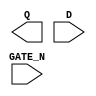
module sky130_fd_sc_hd__dlxtn (
    Q     ,
    D     ,
    GATE_N
);

    output Q     ;
    input  D     ;
    input  GATE_N;

    // Voltage supply signals
    supply1 VPWR;
    supply0 VGND;
    supply1 VPB ;
    supply0 VNB ;

endmodule